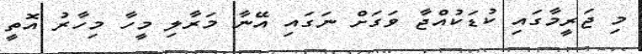
މި ޖަރީމާގައި ކުޑަކުއްޖާ ވަގަށް ނަގައި އޭނާ މަރާލި މީހާ މިހާރު އޮތީ